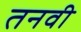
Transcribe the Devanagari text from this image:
तनवी